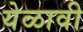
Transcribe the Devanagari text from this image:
येळावी